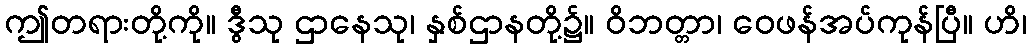
ဤတရားတို့ကို။ ဒွီသု ဌာနေသု၊ နှစ်ဌာနတို့၌။ ဝိဘတ္တာ၊ ဝေဖန်အပ်ကုန်ပြီ။ ဟိ၊